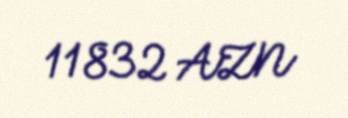
11832 AZN